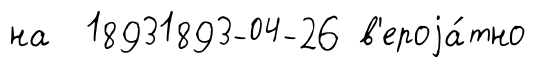
на 18931893-04-26 в'ероjа́тно